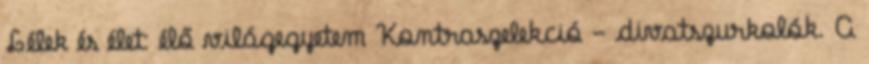
Lélek és élet: élő világegyetem Kontraszelekció - divatszurkolók. A